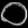
Digit: ၀